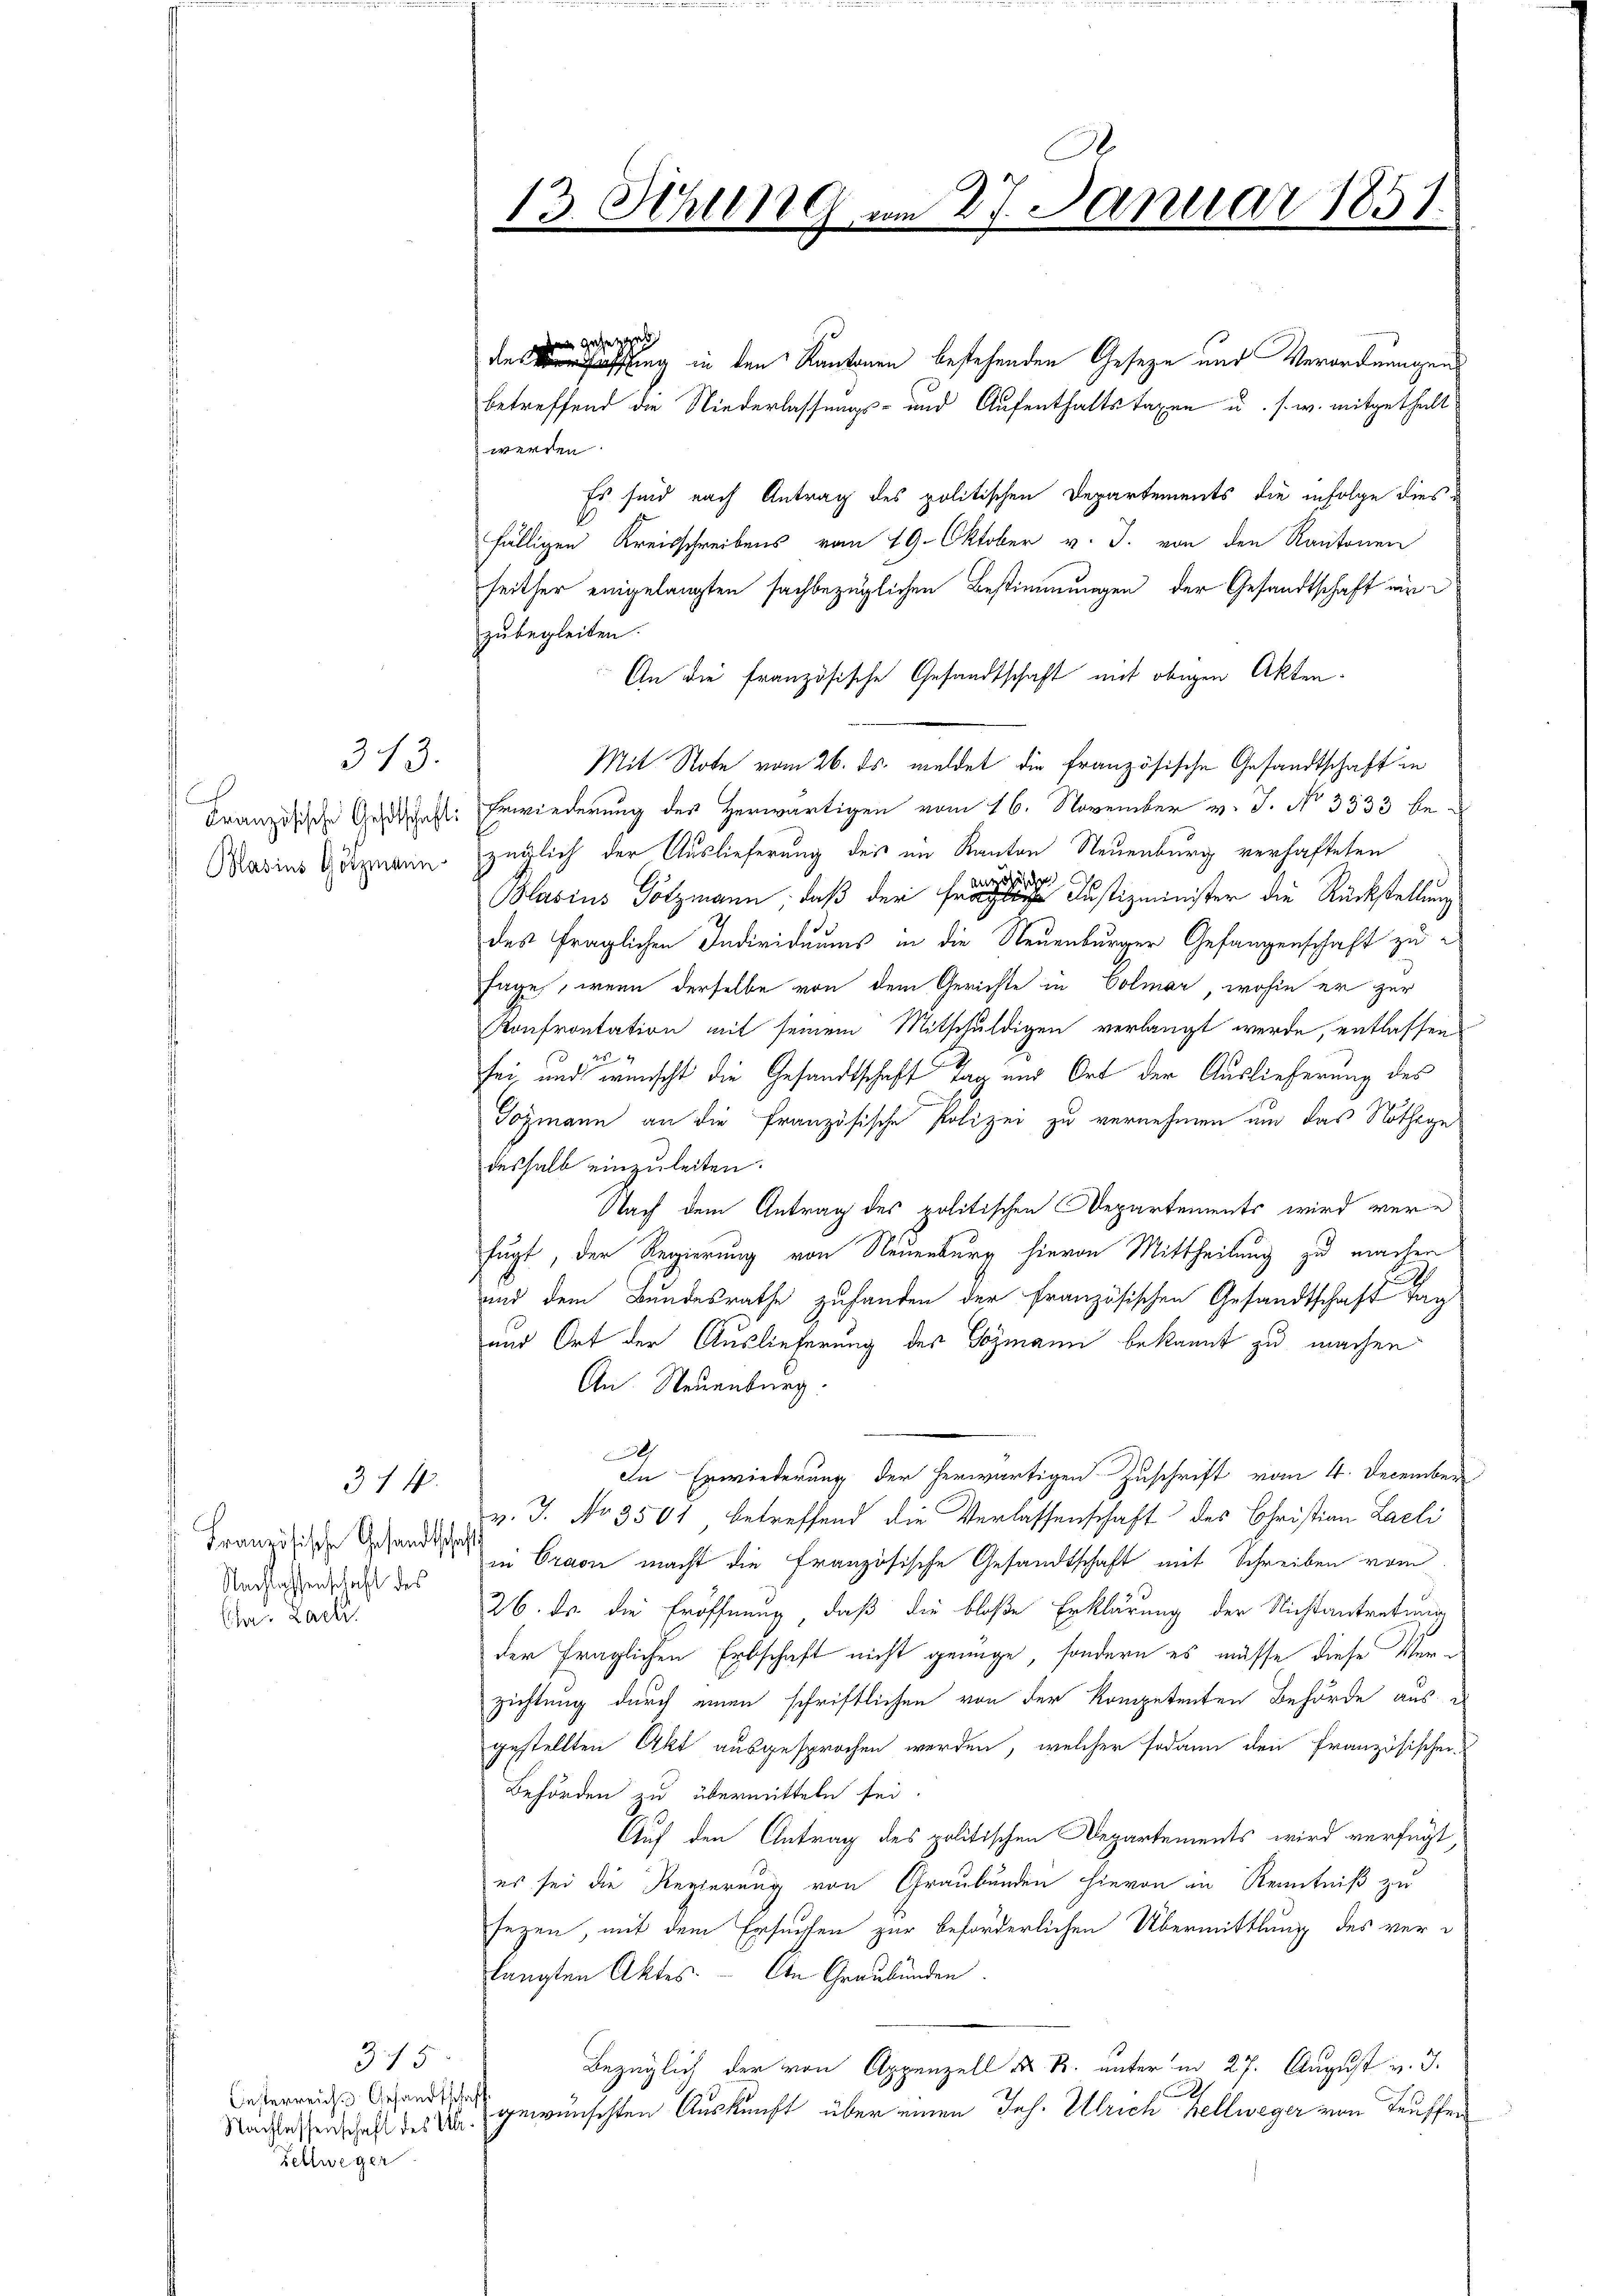
Französische Gestschaft:
Blasius Götzmann

313.

Französische Gesandtschaft
Nachlassenschaft des
Chr. Zach

31 f.

315
Oesterreich. Gesandtschaf
Zellweger

13. Sitzung am 27. Januar 1851.

den gesetz
dies affing in den Kantonen bestehenden Geseze und Verordnungen
betreffend die Niederlassungs- und Aufenthaltstaxen u. s. w. mitgethalt
werden
Es sind nach Antrag des politischen Departements die infolge diesfälligen Kreisschreibens vom 19. Oktober v. J. von den Kantonen
seither eingelangten sachbezüglichen Bestimmungen der Gesandtschaft eine
zubegleiten.
An die französische Gesandtschaft mit obigen Akten¬
Mit Note vom 26. ds. meldet die französische Gesandtschaft in
Erwiederung des Herwärtigen vom 16. November v. J. No 3333 be-
züglich der Auslieferung des im Kanton Neuenburg verhafteten
Blasius Götzmann, daß der freier Justizminister die Rückstellung
des fraglichen Individuums in die Neuenburger Gefangenschaft zu
sage, wenn derselbe von dem Gerichte in Colmar, wohin er zur
Konfrontation mit seinem Mitschuldigen verlangt werde, entlassen
sei, und wünscht die Gesandtschaft Tag und Ort der Auslieferung des
Jozmann an die französische Polizei zu vernehmen und das Nöthegedeshalb einzuleiten.
Nach dem Antrag des politischen Departements wird vere
fugt, der Regierung von Neuenburg hievon Mittheilung zu machen
und dem Bundesrathe zuhanden der französischen Gesandtschaft Tag
und Ort der Auslieferung des Gozmann bekannt zu machen
An Neuenburg.
l
In Erwiederung der herwärtigen Zuschrift vom 4. December
v. J. No 3501, betreffend die Verlassenschaft des Christian Laeli
in Craon macht die französische Gesandtschaft mit Schreiben vom
26. Dr. die Eröffnung, daß die bloße Erklärung der Nichtantretung
der fraglichen Erbschaft nicht genüge, sondern es müsse diese Verzichtung durch einen schriftlichen von der Kompetenten Behörde aus
gestellten Akt ausgesprochen werden, welcher sodann den Französischen
Behörden zu übermitteln sei.
Auf den Antrag des politischen Departements wird verfügt
es sei die Regierung von Graubünden hievon in Kenntniß zu
sezen, mit dem Ersuchen zur beförderlichen Übermittlung des verlangten Aktes. An Graubünden.
Bezüglich der von Appenzell A. R. unter in 27. August v. J.
h
Nachlassenschaft des M. gewünschten Auskunft über einen Joh. Ulrich hellweger von Teuffen